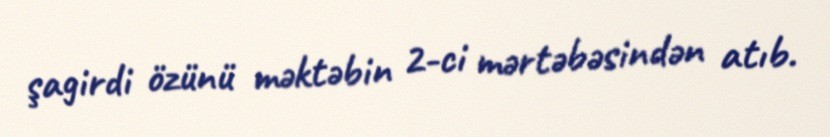
şagirdi özünü məktəbin 2-ci mərtəbəsindən atıb.